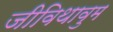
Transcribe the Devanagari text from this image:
जीविथावुम